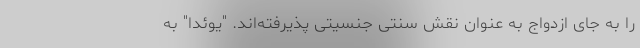
را به جای ازدواج به عنوان نقش سنتی جنسیتی پذیرفته‌اند. "یوئدا" به